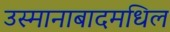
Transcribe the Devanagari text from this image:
उस्मानाबादमधिल